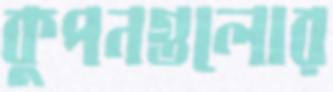
কুপনগুলোর